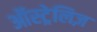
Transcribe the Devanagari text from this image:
ऑस्ट्रेलिज़